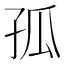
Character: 孤